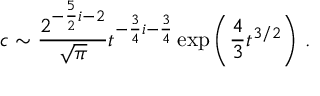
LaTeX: c \sim { \frac { 2 ^ { - { \frac { 5 } { 2 } } i - 2 } } { \sqrt { \pi } } } t ^ { - { \frac { 3 } { 4 } } i - { \frac { 3 } { 4 } } } \exp \left( { \frac { 4 } { 3 } } t ^ { 3 / 2 } \right) \, .